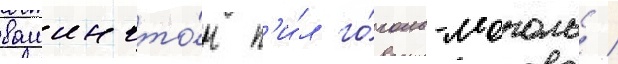
вашингто́н п'и́л го́голь-моголь /